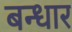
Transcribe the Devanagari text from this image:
बन्धार